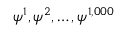
\psi ^ { 1 } , \psi ^ { 2 } , \dots , \psi ^ { 1 , 0 0 0 }